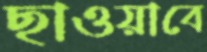
ছাওয়াবে